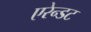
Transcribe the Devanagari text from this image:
एरेन्डट